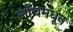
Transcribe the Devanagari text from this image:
लॉचमधून